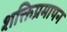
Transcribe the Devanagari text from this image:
शक्तिप्रमापन